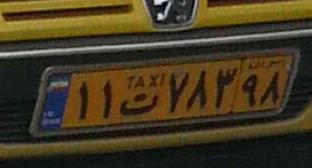
۱۱ت۷۸۳۹۸